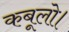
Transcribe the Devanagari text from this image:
कबूलो।